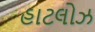
હાટલોઝ